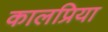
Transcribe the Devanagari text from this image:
कालप्रिया